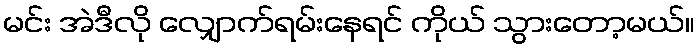
မင်း အဲဒီလို လျှောက်ရမ်းနေရင် ကိုယ် သွားတော့မယ်။